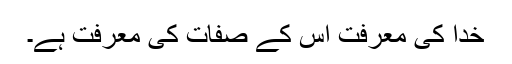
خدا کی معرفت اس کے صفات کی معرفت ہے۔